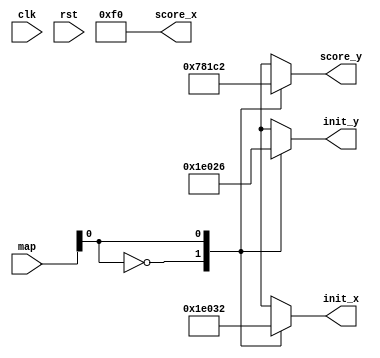
module map_info(
	input clk,
	input rst,
	input [1:0] map,
	output reg [10:0] score_x,
	output reg [10:0] score_y,
	output reg [10:0] init_x,
	output reg [10:0] init_y
);

	always @(*)begin
		case(map[0])
		1'b0:begin
			score_x = 11'd240;
			score_y = 11'd240;
			init_x = 11'd60;
			init_y = 11'd60;
		end
		1'b1:begin
			score_x = 11'd240;
			score_y = 11'd450;
			init_x = 11'd50;
			init_y = 11'd38;
		end
		endcase
		
	end
	
endmodule